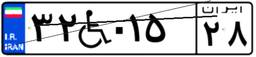
۳۲W۰۱۵۲۸